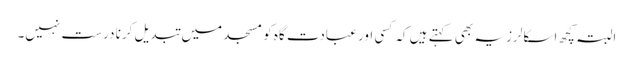
البتہ کچھ اسکالرز یہ بھی کہتے ہیں کہ کسی اور عبادت گاہ کو مسجد میں تبدیل کرنا درست نہیں۔